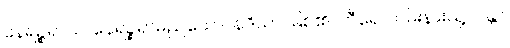
နေရဉ္စရာယ၊ နေရဉ္စရာမည်သော။ နဒိယာ၊ မြစ်၏။ တီရေ၊ ကမ်းနားသို့။ ဂန္တာ၊